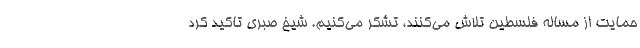
حمایت از مساله فلسطین تلاش می‌کنند، تشکر می‌کنیم. شیخ صبری تاکید کرد